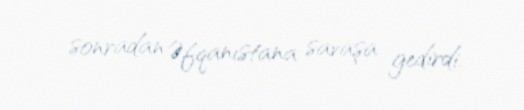
sonradan Əfqanıstana savaşa gedirdi.